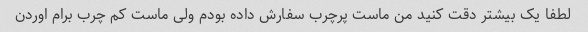
لطفا یک بیشتر دقت کنید من ماست پرچرب سفارش داده بودم ولی ماست کم چرب برام اوردن